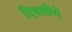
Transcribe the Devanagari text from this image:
दिवसीये